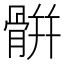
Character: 骿